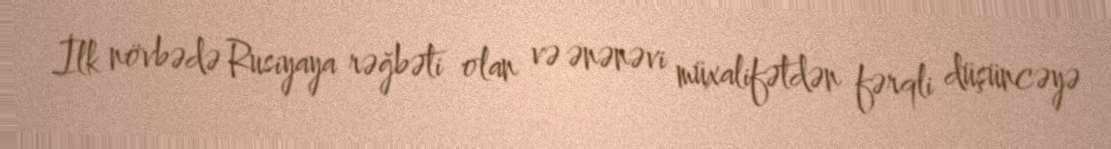
İlk növbədə Rusiyaya rəğbəti olan və ənənəvi müxalifətdən fərqli düşüncəyə